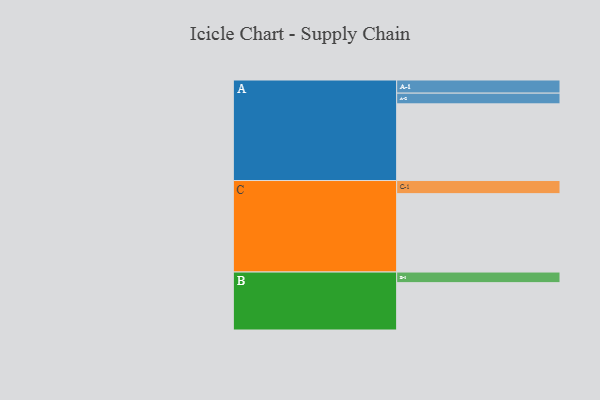
{"axis": {"x": "Segment", "y": "Value"}, "legend": ["", "A", "B", "C"], "data": [{"x": "A", "y": 578, "type": ""}, {"x": "B", "y": 357, "type": ""}, {"x": "C", "y": 591, "type": ""}, {"x": "A-1", "y": 99, "type": "A"}, {"x": "A-2", "y": 81, "type": "A"}, {"x": "B-1", "y": 80, "type": "B"}, {"x": "C-1", "y": 99, "type": "C"}]}